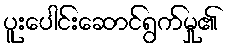
ပူးပေါင်းဆောင်ရွက်မှု၏